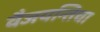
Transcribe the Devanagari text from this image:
वैजयन्तिचा